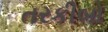
તરકીબો